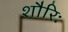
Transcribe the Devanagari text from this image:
शौरिः